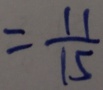
= \frac { 1 1 } { 1 5 }